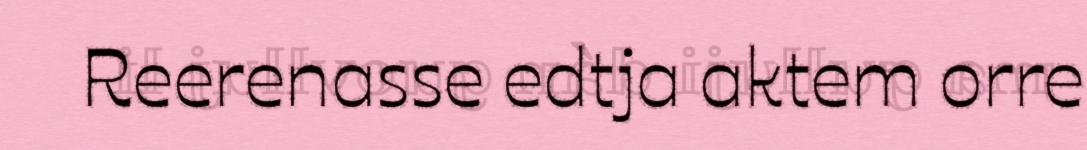
Reerenasse edtja aktem orre